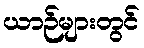
ယာဉ်များတွင်